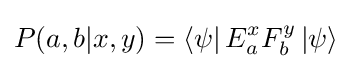
P(a,b|x,y)=\left\langle \psi \right|E_{a}^{x}F_{b}^{y}\left|\psi \right\rangle